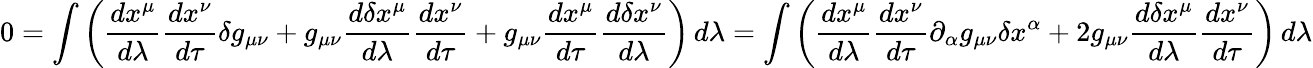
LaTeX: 0=\int\left({\frac{dx^{\mu}}{d\lambda}}{\frac{dx^{\nu}}{d\tau}}\delta g_{\mu\nu}+g_{\mu\nu}{\frac{d\delta x^{\mu}}{d\lambda}}{\frac{dx^{\nu}}{d\tau}}+g_{\mu\nu}{\frac{dx^{\mu}}{d\tau}}{\frac{d\delta x^{\nu}}{d\lambda}}\right)\, d\lambda=\int\left({\frac{dx^{\mu}}{d\lambda}}{\frac{dx^{\nu}}{d\tau}}\partial_{\alpha}g_{\mu\nu}\delta x^{\alpha}+2g_{\mu\nu}{\frac{d\delta x^{\mu}}{d\lambda}}{\frac{dx^{\nu}}{d\tau}}\right)\, d\lambda